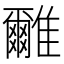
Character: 𩁖